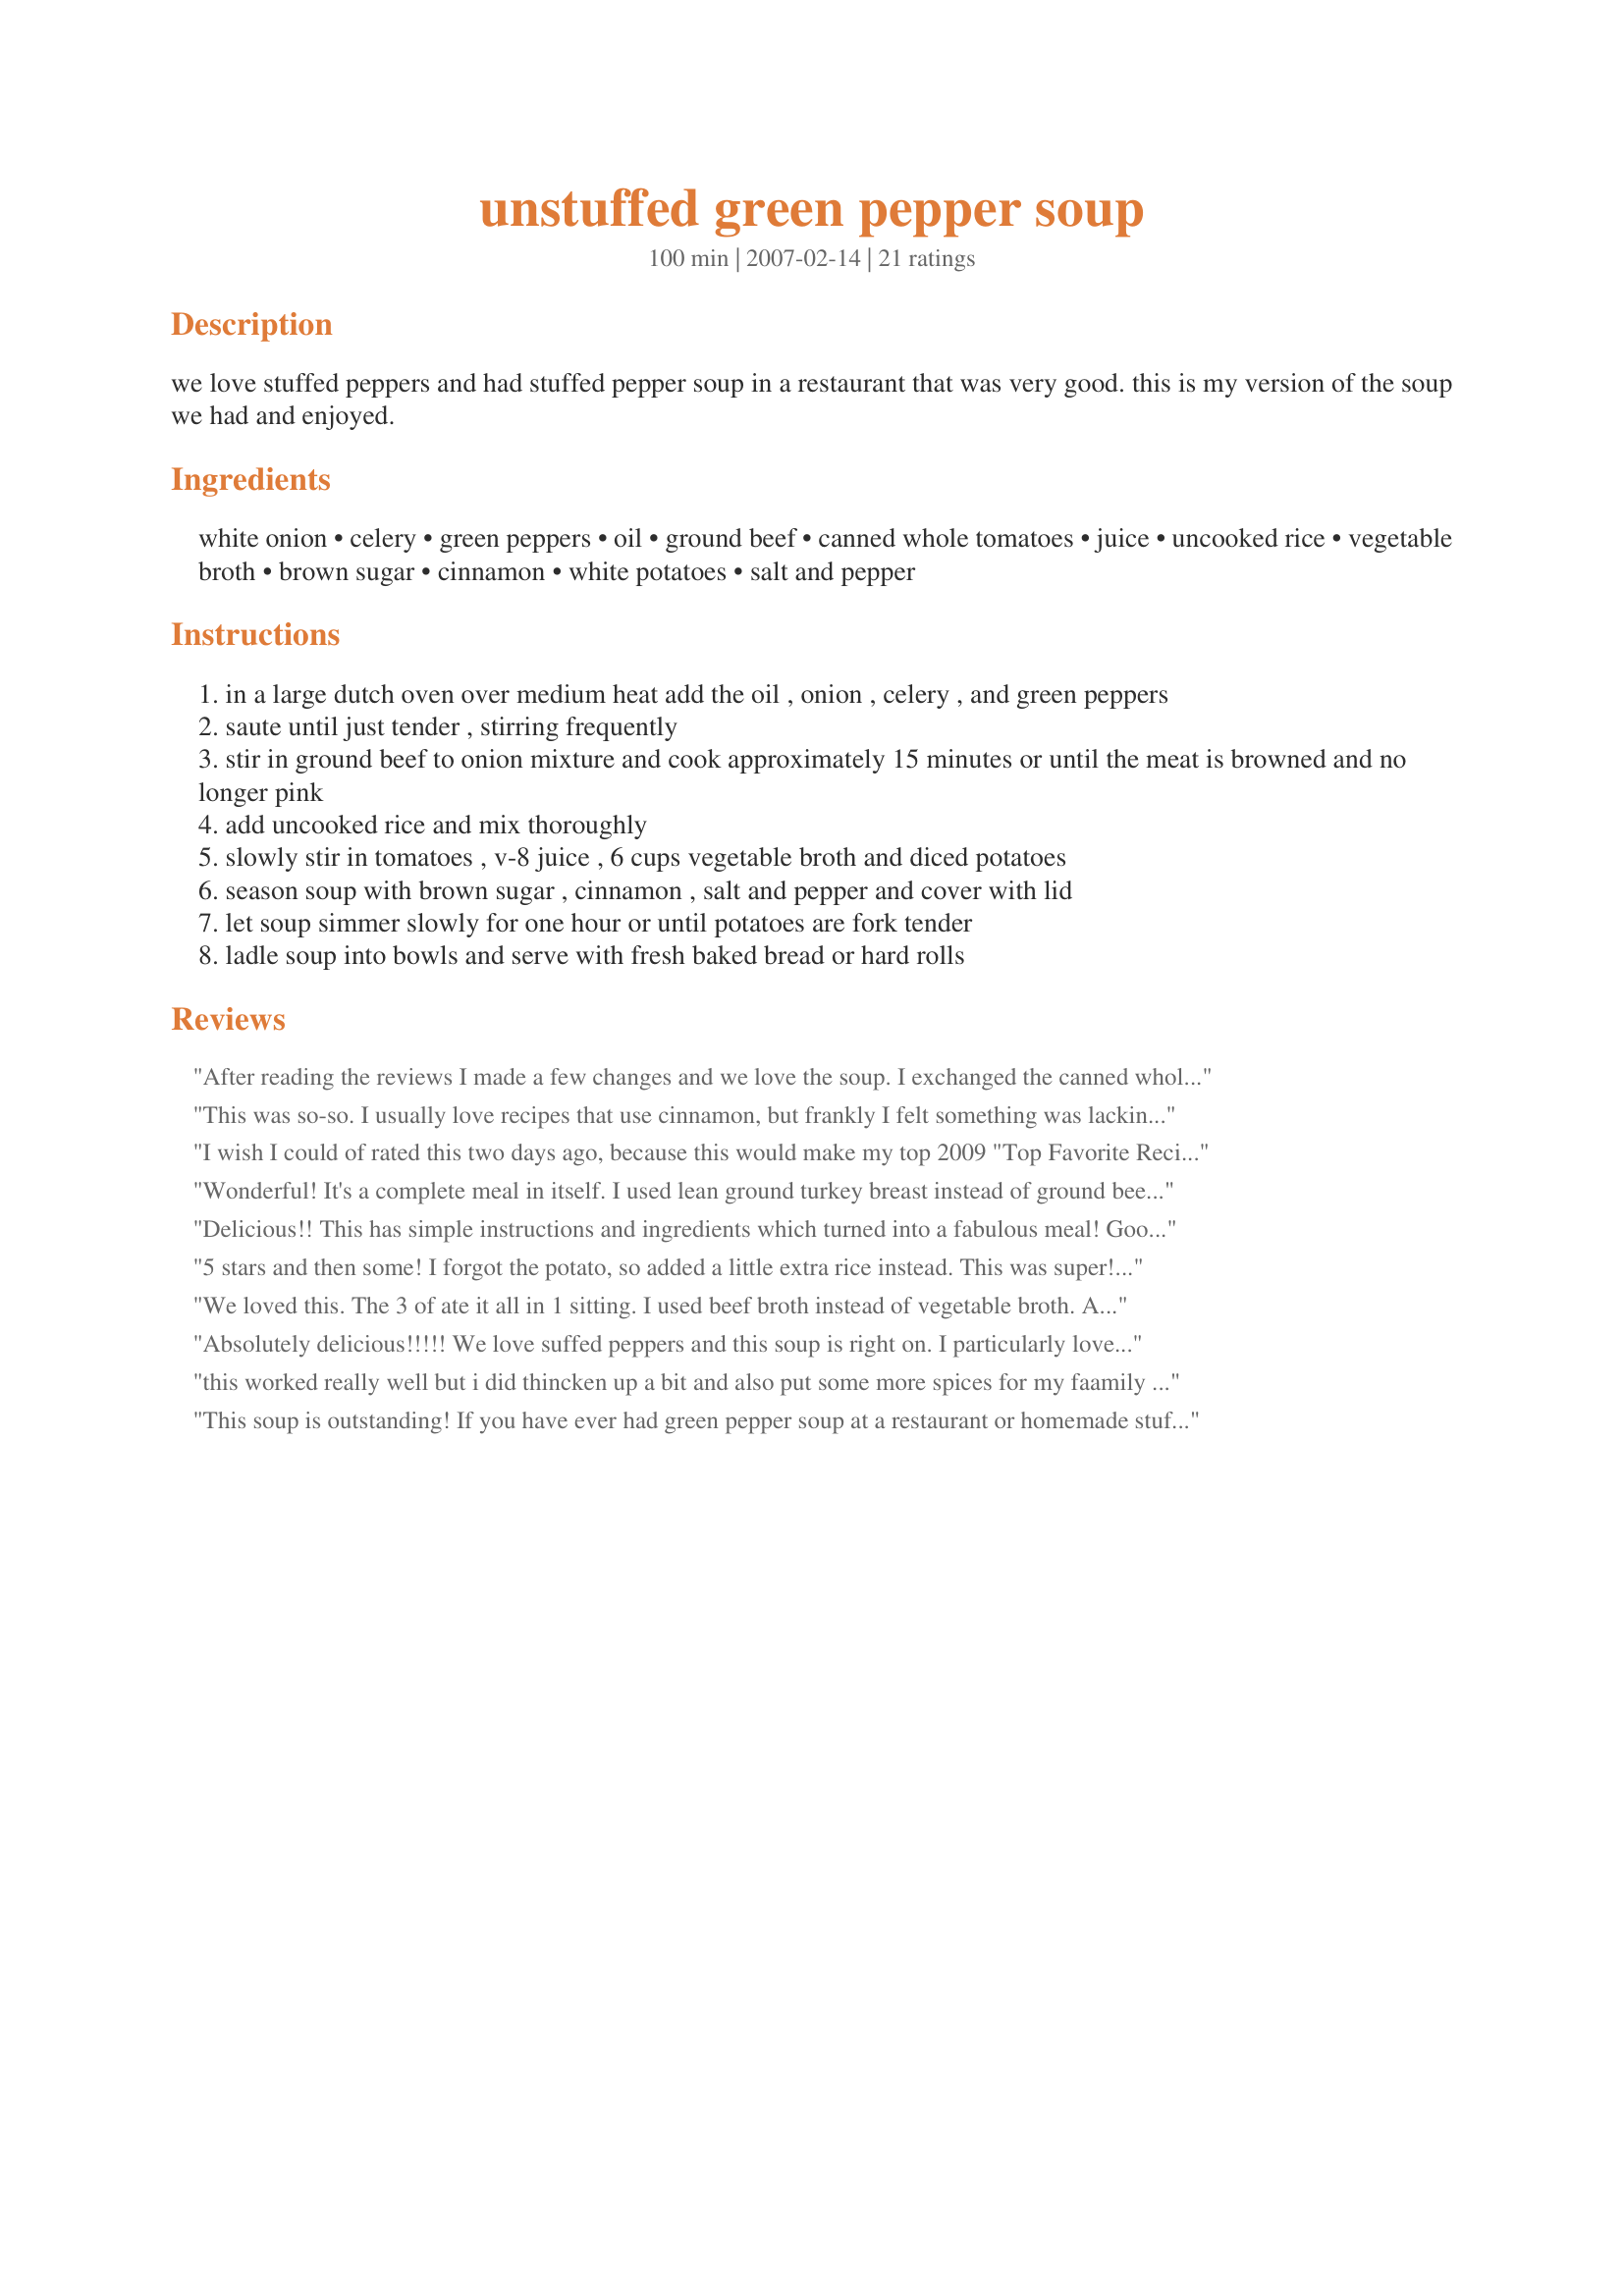
unstuffed green pepper soup
Preparation time: 100 minutes

we love stuffed peppers and had stuffed pepper soup in a restaurant that was very good. this is my version of the soup we had and enjoyed.

Ingredients:
white onion, celery, green peppers, oil, ground beef, canned whole tomatoes, juice, uncooked rice, vegetable broth, brown sugar, cinnamon, white potatoes, salt and pepper

Steps:
in a large dutch oven over medium heat add the oil , onion , celery , and green peppers
saute until just tender , stirring frequently
stir in ground beef to onion mixture and cook approximately 15 minutes or until the meat is browned and no longer pink
add uncooked rice and mix thoroughly
slowly stir in tomatoes , v-8 juice , 6 cups vegetable broth and diced potatoes
season soup with brown sugar , cinnamon , salt and pepper and cover with lid
let soup simmer slowly for one hour or until potatoes are fork tender
ladle soup into bowls and serve with fresh baked bread or hard rolls

Reviews:
After reading the reviews I made a few changes and we love the soup. I exchanged the canned whole tomatoes for 2 cans of Rotel tomatoes - one diced tomatoes with lime juice and cilantro and one with chilies and diced tomatoes. I also left out the cinnamon as I just couldn't visualize that in this soup. I did add 1 extra diced potato. I also used beef broth rather than vegetable broth as that was what I had on hand. Very, very good. Thanks for posting.
This was so-so. I usually love recipes that use cinnamon, but frankly I felt something was lacking... Sorry.
I wish I could of rated this two days ago, because this would make my top 2009 "Top Favorite Recipes". We loved this. Everything about it. I followed this exactly, except for two changes that would not effect the recipe in the least, 1) was saute' the ground beef in cooking spray and reduced the oil to less then a teaspoon, 2) Used 1/4 cup of uncooked brown rice instead of 1/2 and reduced the potatoes to one cubed, all this to make it more diabetic friendly. The taste would still be the same, as this would not have a bearing on the greatest, most delicious soup of 2009. Thanks, Lori!! Made for *January Soup Month* Diabetic Forum January 2010
Wonderful! It's a complete meal in itself. I used lean ground turkey breast instead of ground beef. So because of that, I used beef broth, not vegetable broth. We garnished the soup with parmesan cheese. The little bit of leftover soup I had was just as good, if not better the next day. Thanx!
Delicious!! This has simple instructions and ingredients which turned into a fabulous meal! Good luck with the contest!!
5 stars and then some! I forgot the potato, so added a little extra rice instead. This was super! And I can see making it again on a chilly night! Made for your football win!
We loved this. The 3 of ate it all in 1 sitting. I used beef broth instead of vegetable broth. A very yummy soup! Good luck!
Absolutely delicious!!!!! We love suffed peppers and this soup is right on. I particularly loved the potatoes in it....nice and hearty and filling. I served this with crusty bread. Perfect for a cold Fall night. Can't wait to make this again. Thanks for sharing it, Laurie.
this worked really well but i did thincken up a bit and also put some more spices for my faamily will make again
This soup is outstanding! If you have ever had green pepper soup at a restaurant or homemade stuffed green peppers, this tastes just like that. I did use tomato juice in place of the V8 juice and beef broth in place of the vegetable broth. I also added about 1/2 cup more brown rice and would suggest using about 1 1/2 pounds lean ground beef if you would like more meat. I have had mine simmering for several hours now and the taste is fantastic. The potatoes are not mushy and the rice has not overtaken the soup. I also added about a tablespoon more of brown sugar. This is a great recipe that you can make your own depending on your tastes. Thanks for sharing.
I thought this was a really tasty recipe, a real hit with the whole family. The only change I might make would be to use less broth, but other than that, a definite keeper!
This soup was a pleasant surprise; easy to make, filling and delicious! To lighten this a bit I used turkey sausage instead of ground beef and only half the amount; I made up the difference with quartered fresh mushrooms which I sauteed with the other veggies. I was surprised by the addition of the cinnamon - the flavor was subtle but you could really notice it in the aroma of the soup. Thanks for sharing your recipe!
This soup was just ok. It had good potential but it had no flavour other than from the green peppers and the V8 juice. It really needed some spices to jazz it up a bit. DH added some hot sauce and pepper which he said made it more flavourful. Side Note: I did freeze the extras in a small bowls and then transfered them to a labeled ziploc bag. My mom defrosted one for lunch the following week and she said it froze well. Good Luck!
Reviewed for RSC #9. Oops, this might be very subjective, but this soup didn't do it for us. I halved the recipe but stayed true to the ingredients and amounts given. Maybe it was the green pepper, maybe some condiment was missing. If this wasn't a contest recipe, I'd have tweaked it. The tiny bit of cinnamon was lost, and anyway, cinnamon would not complement green pepper in any way. I honestly wish I could be more enthusiastic about this soup -- but the list of contest ingredients were not easy to make magic with and the taste and texture was somewhat disappointing. It was a good, clear recipe from a cook who tried to use imagination. Good luck with any other recipes you entered!
We thoroughly enjoyed this soup, and the flavour really reminded me of my mother's stuffed peppers. I will make this again with a few adjustments. I agree with PanNan, the texture was odd. In future, I'll cook for 30 minutes (instead of an hour), leave out the potatoes and use less broth (will probably use beef stock).
Very good soup! I made mine with ground turkey and it was delicious!
Soup lovers that we are, we found this one excellent - we loved it! We like what v - 8 juice adds to soups as well as the combination of onions, celery and of course the green peppers. Had lovely peppers when I made this, which made for that wonderful stuffed pepper taste. Made as posted the combined ingredients gave us a very flavorful supper soup. Thank you it's going into my Family Favorites. Made for the Auz/NZ March Swap.
I thought this was excellent. and easy . The only difference I made was I made it with beef broth. thanks for the great recipe!!
I LOVE this soup! That little bit of cinnamon gives it a delightful taste that makes this really unique. It's just a hint/perfect amount. I love that this has both rice and potatoes, too. Yum all the way around and back again. Thank you!
This was great comfort food. I made it as written but added about 1/4 cup more rice because I like my soup more stew-like. I also used chicken broth, but I think beef broth would give it a great flavor too. It was warming and hearty enough for a main dish. This was pretty easy to throw together too. Thanks!
The flavor was nice, but the texture didn't work for me. After an hour cook time, the potato and rice were overcooked resulting in a mushy porridge texture. Because the flavor is so nice, I think the soup is worth tweaking. I would cook the soup for about 30 minutes before adding rice and potatoes, so that they will be just tender when the soup is ready.
